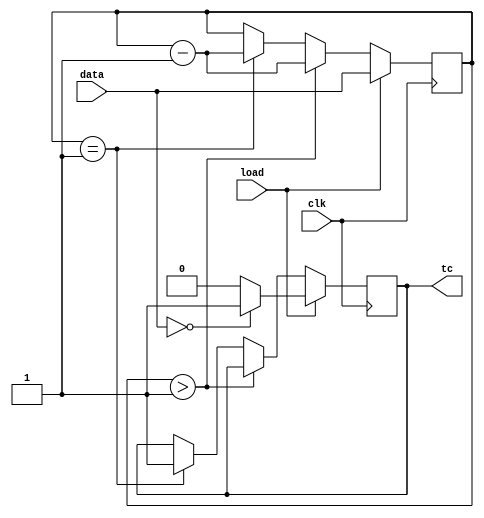
module top_module(
	input clk, 
	input load, 
	input [9:0] data, 
	output tc
);

    reg [9:0] counter;
    
    always @ (posedge clk) begin
		if (load) begin
        		counter = data;            
            		if (counter == 0) begin tc = 1; end
            		else begin tc = 0; end
        	end
        
        	else begin
            		if (counter > 1) begin
            			counter = counter - 1;
            		end
            		else if (counter == 1) begin
            			counter = counter - 1;
                		tc = 1;
            		end
            		else begin
            			counter = counter;
            		end
        	end
    end

endmodule